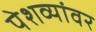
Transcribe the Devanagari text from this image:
पेशव्यांवर